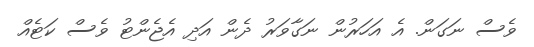
ވެސް ނަގަން. އެ އަހަރުން ނަގާވަރު ދެން އަދި އެޖެންޓު ވެސް ކަޓެއް